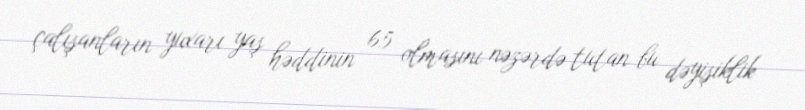
çalışanların yuxarı yaş həddinin 65 olmasını nəzərdə tutan bu dəyişiklik